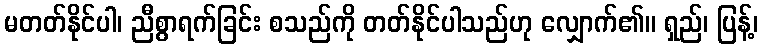
မတတ်နိုင်ပါ၊ ညီစွာရက်ခြင်း စသည်ကို တတ်နိုင်ပါသည်ဟု လျှောက်၏။ ရှည်၊ ပြန့်၊